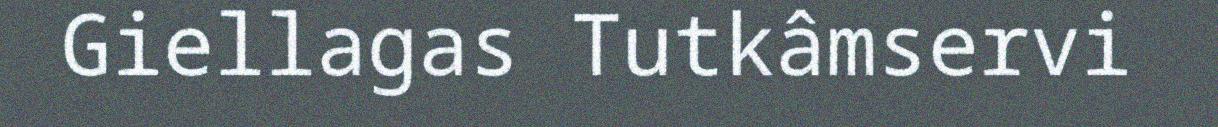
Giellagas Tutkâmservi